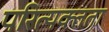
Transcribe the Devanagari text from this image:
परित्यक्तता